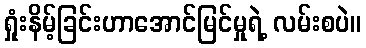
ရှုံးနိမ့်ခြင်းဟာအောင်မြင်မှုရဲ့ လမ်းစပဲ။